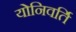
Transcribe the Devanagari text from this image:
योनिवर्ति